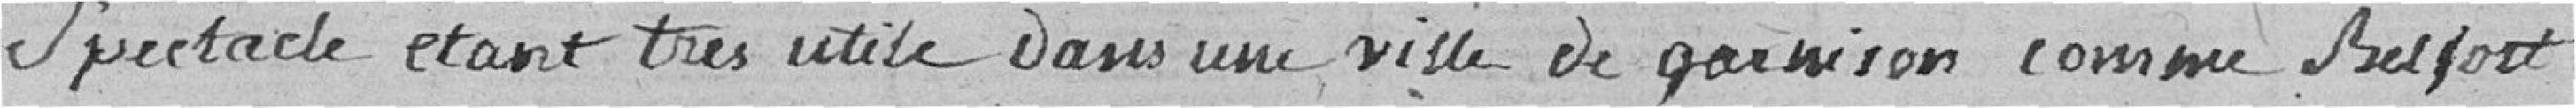
spectacle étant très utile dans une ville de garnison comme Belfort